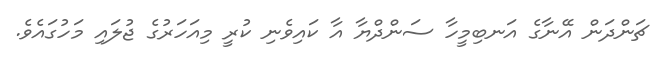
ޗަންދަން އޭނާގެ އަނބިމީހާ ސަންދްޔާ އާ ކައިވެނި ކުރީ މިއަހަރުގެ ޖުލައި މަހުގައެވެ.